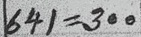
641 = 300